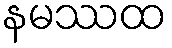
နမဿထ